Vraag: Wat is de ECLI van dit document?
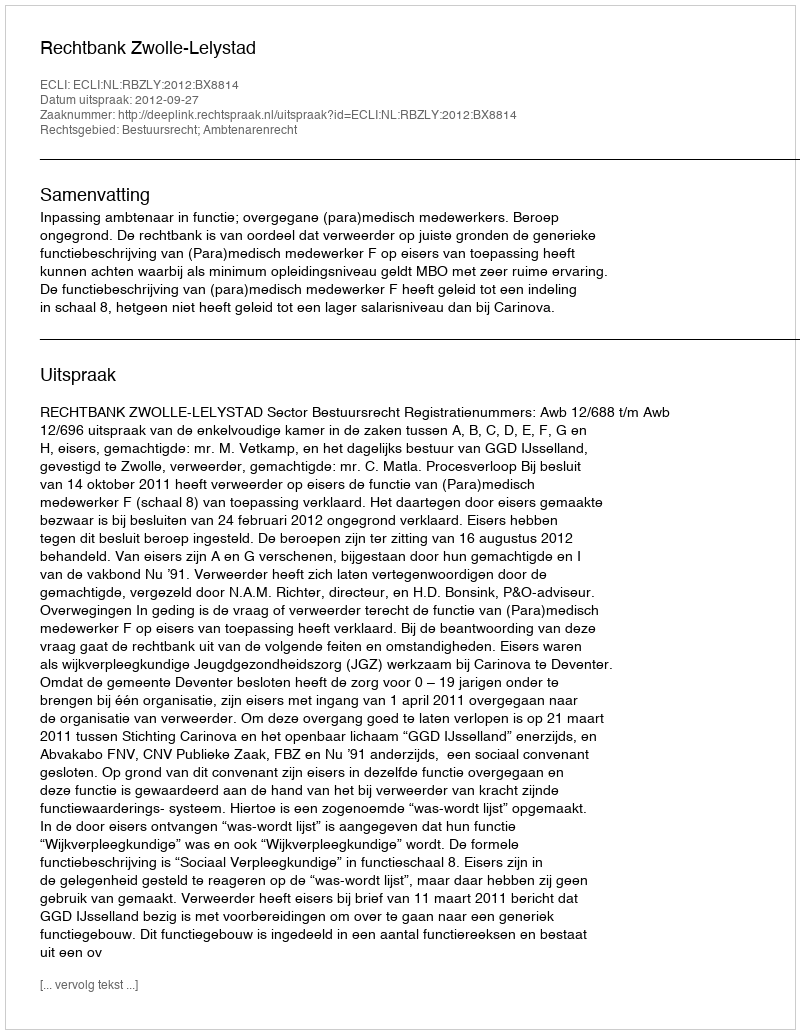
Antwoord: ECLI:NL:RBZLY:2012:BX8814